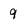
Character: 9